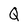
Character: Q